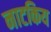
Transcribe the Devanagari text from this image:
नाटकिय